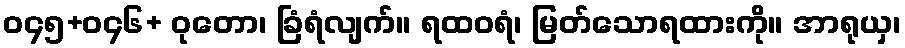
ဝ၄၅+ဝ၄၆+ ဝုတော၊ ခြံရံလျက်။ ရထဝရံ၊ မြတ်သောရထားကို။ အာရုယှ၊